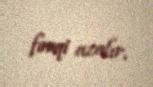
fərqi azalır.